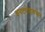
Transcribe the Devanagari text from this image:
इनटरोडकसन